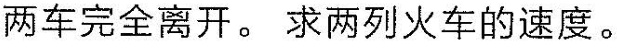
两车完全离开。求两列火车的速度。